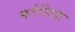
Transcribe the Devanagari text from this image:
मर्टसिया